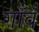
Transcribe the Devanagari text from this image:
गाँवँ